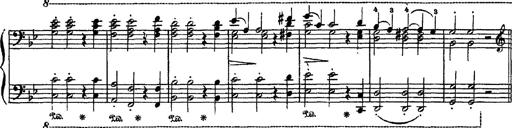
Title: Sarabande und Chaconne aus dem Singspiel
Composer: Franz Liszt